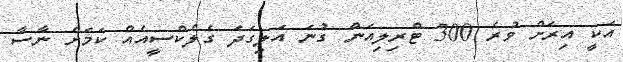
އަކީ އިރަށް ވުރެ 300 ޓްރިލިއަން ގުނަ އަލިގަދަ ގެލެކްސީއެއް ކަމަށް ނާސާ